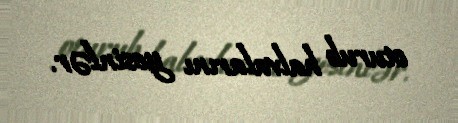
oturub halvalarını yesinlər.